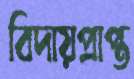
বিদায়প্রাপ্ত